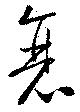
衰